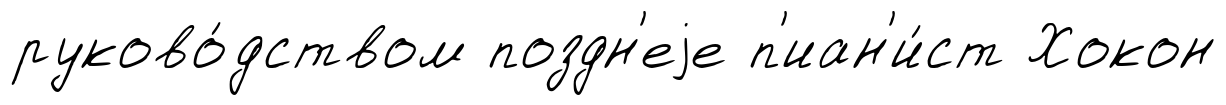
руково́дством поздн'еjе п'иан'и́ст Хокон